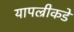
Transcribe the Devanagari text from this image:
यापल्रीकडे